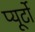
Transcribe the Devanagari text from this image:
प्‍यूर्टो